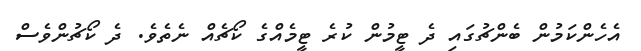
އެހެންކަމުން ބެންޗުގައި ދެ ޓީމުން ކުރެ ޓީމެއްގެ ކޯޗެއް ނެތެވެ. ދެ ކޯޗުންވެސް